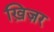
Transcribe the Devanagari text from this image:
ख़िज़र